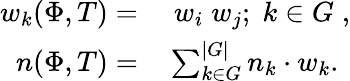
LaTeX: \begin{array}{rl}{w_{k}(\Phi,T)=}&{{}\; w_{i}\; w_{j};\; k\in G\; ,}\\ {n(\Phi,T)=}&{{}\sum_{k\in G}^{|G|}n_{k}\cdot w_{k}.}\end{array}